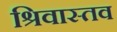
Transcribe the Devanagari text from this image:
श्रिवास्तव